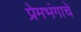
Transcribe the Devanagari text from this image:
प्रेमभंगाचे